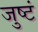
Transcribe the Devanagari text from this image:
जुष्टं